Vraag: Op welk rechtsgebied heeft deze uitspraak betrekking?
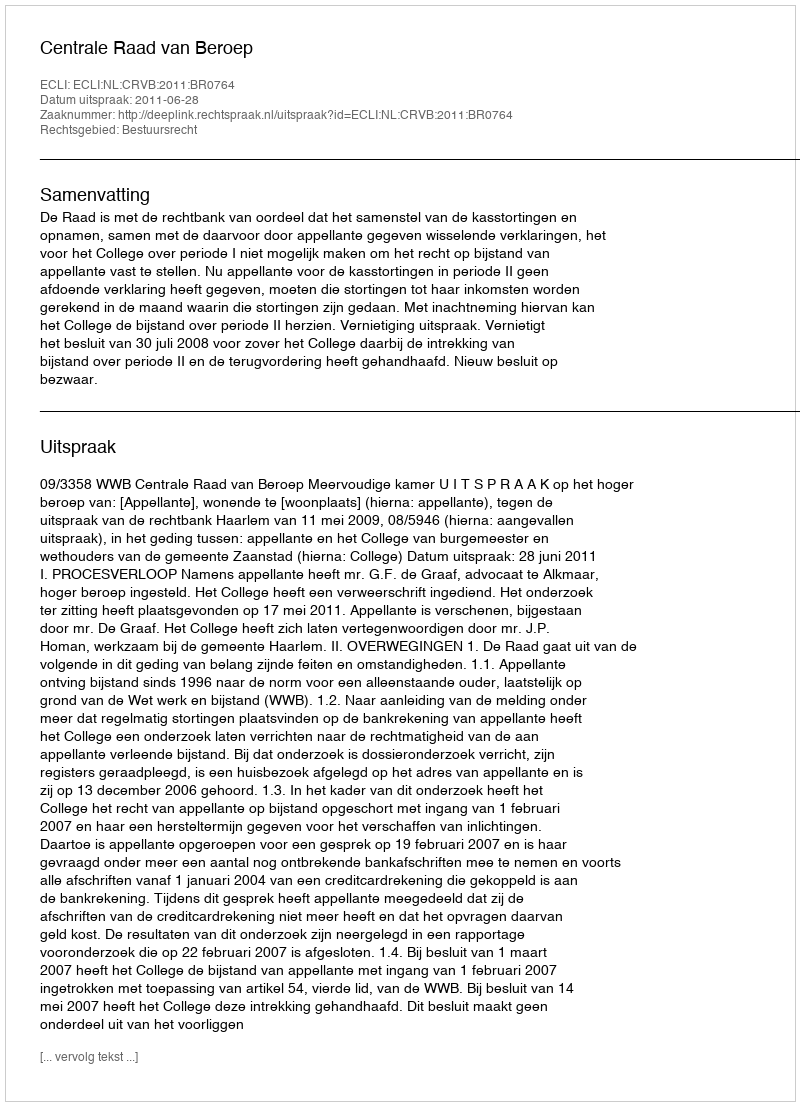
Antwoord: Bestuursrecht